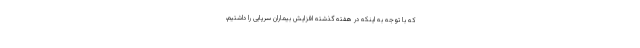
که با توجه به اینکه در هفته گذشته افزایش بیماران سرپایی را داشتیم،